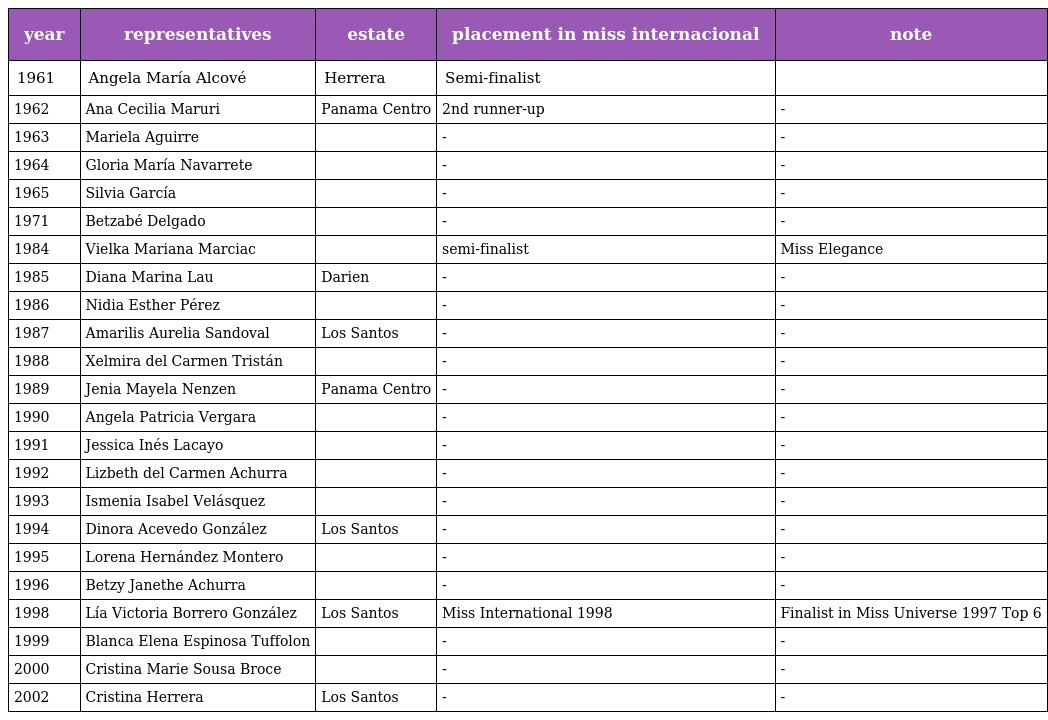
| year | representatives | estate | placement in miss internacional | note |
 | --- | --- | --- | --- | --- |
 | 1961 | Angela María Alcové | Herrera | Semi-finalist |  |
 | 1962 | Ana Cecilia Maruri | Panama Centro | 2nd runner-up | - |
 | 1963 | Mariela Aguirre |  | - | - |
 | 1964 | Gloria María Navarrete |  | - | - |
 | 1965 | Silvia García |  | - | - |
 | 1971 | Betzabé Delgado |  | - | - |
 | 1984 | Vielka Mariana Marciac |  | semi-finalist | Miss Elegance |
 | 1985 | Diana Marina Lau | Darien | - | - |
 | 1986 | Nidia Esther Pérez |  | - | - |
 | 1987 | Amarilis Aurelia Sandoval | Los Santos | - | - |
 | 1988 | Xelmira del Carmen Tristán |  | - | - |
 | 1989 | Jenia Mayela Nenzen | Panama Centro | - | - |
 | 1990 | Angela Patricia Vergara |  | - | - |
 | 1991 | Jessica Inés Lacayo |  | - | - |
 | 1992 | Lizbeth del Carmen Achurra |  | - | - |
 | 1993 | Ismenia Isabel Velásquez |  | - | - |
 | 1994 | Dinora Acevedo González | Los Santos | - | - |
 | 1995 | Lorena Hernández Montero |  | - | - |
 | 1996 | Betzy Janethe Achurra |  | - | - |
 | 1998 | Lía Victoria Borrero González | Los Santos | Miss International 1998 | Finalist in Miss Universe 1997 Top 6 |
 | 1999 | Blanca Elena Espinosa Tuffolon |  | - | - |
 | 2000 | Cristina Marie Sousa Broce |  | - | - |
 | 2002 | Cristina Herrera | Los Santos | - | - |